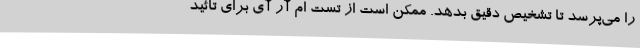
را می‌پرسد تا تشخیص دقیق بدهد. ممکن است از تست ام آر آی برای تائید